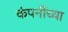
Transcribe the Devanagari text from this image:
कंपनींच्या